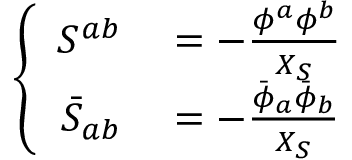
\left\{ \begin{array} { r l } { { S ^ { a b } } } & { { } { { } = - \frac { \phi ^ { a } \phi ^ { b } } { X _ { S } } } } \\ { { \bar { S } _ { a b } } } & { { } { { } = - \frac { \bar { \phi } _ { a } \bar { \phi } _ { b } } { X _ { S } } } } \end{array} \right.